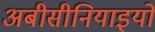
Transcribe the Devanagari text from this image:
अबीसीनियाइयों